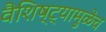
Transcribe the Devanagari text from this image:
वैशिष्ट्यामुळेच